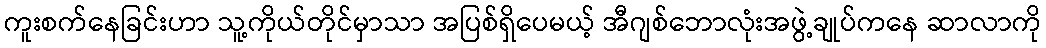
ကူးစက်နေခြင်းဟာ သူ့ကိုယ်တိုင်မှာသာ အပြစ်ရှိပေမယ့် အီဂျစ်ဘောလုံးအဖွဲ့ချုပ်ကနေ ဆာလာကို